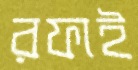
রফাই